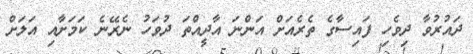
ދައުރުވާ ދިވެހި ފައިސާގެ ތެރެއަށް އަންނަ އާދީއްތަ ދުވަހު ނެރޭނެ ކަމަށާއި އަލަށް